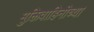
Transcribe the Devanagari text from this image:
मुक्तिवाहिनीच्या